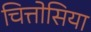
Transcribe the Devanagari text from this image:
चित्तोसिया